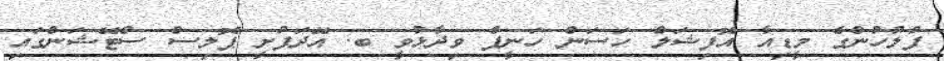
ފުލުހުންގެ މީޑިއާ އޮފިޝަލް ހަސަން ހަނީފް ވިދާޅުވީ ބ. އޭދަފުށީ ޕޮލިސް ސްޓޭޝަންގައި